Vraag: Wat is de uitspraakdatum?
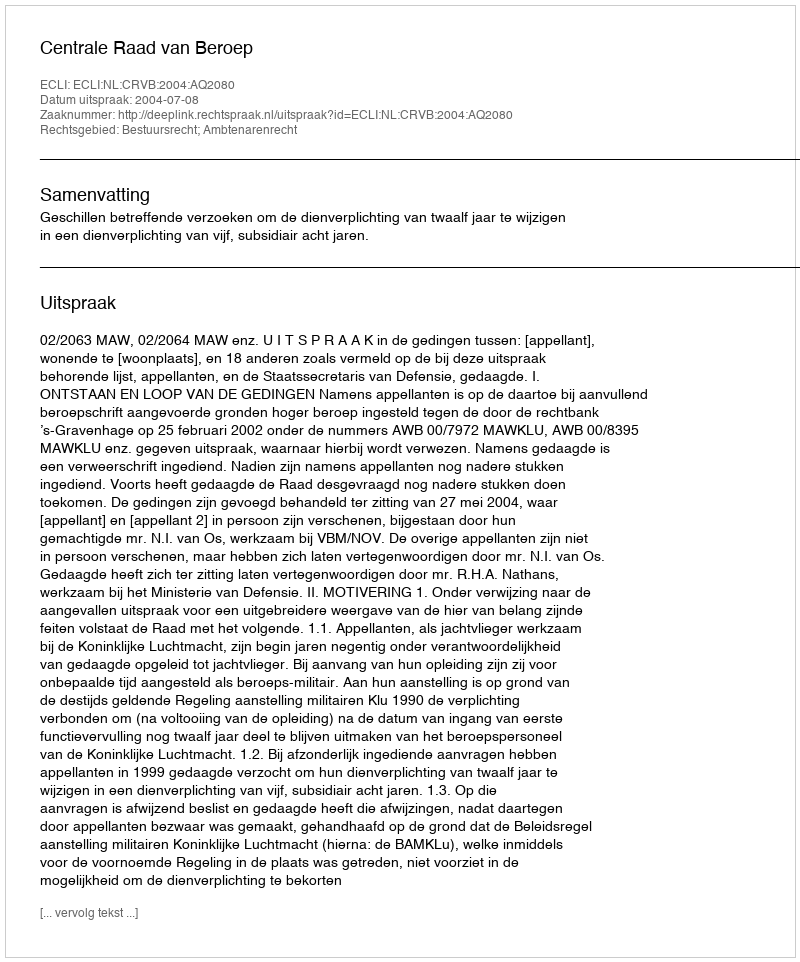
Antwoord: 2004-07-08